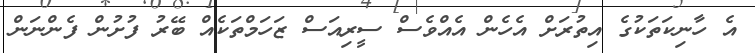
އެ ހާނިކަތަކުގެ އިތުރަށް އެހެން އެއްވެސް ސީރިއަސް ޒަހަމްތަކެއް ބޭރު ފުށުން ފެންނަން